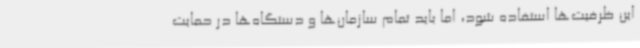
این ظرفیت‌ها استفاده شود، اما باید تمام سازمان‌ها و دستگاه‌ها در حمایت